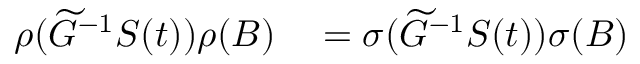
\begin{array} { r l } { \rho ( \widetilde G ^ { - 1 } S ( t ) ) \rho ( B ) } & { { } = \sigma ( \widetilde G ^ { - 1 } S ( t ) ) \sigma ( B ) } \end{array}